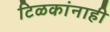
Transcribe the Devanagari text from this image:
टिळकांनाही